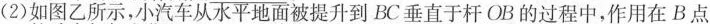
(2)如图乙所示，小汽车从水平地面被提升到BC垂直于杆OB的过程中，作用在B点